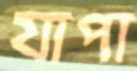
যাপা